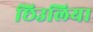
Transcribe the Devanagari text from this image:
छिउलिया